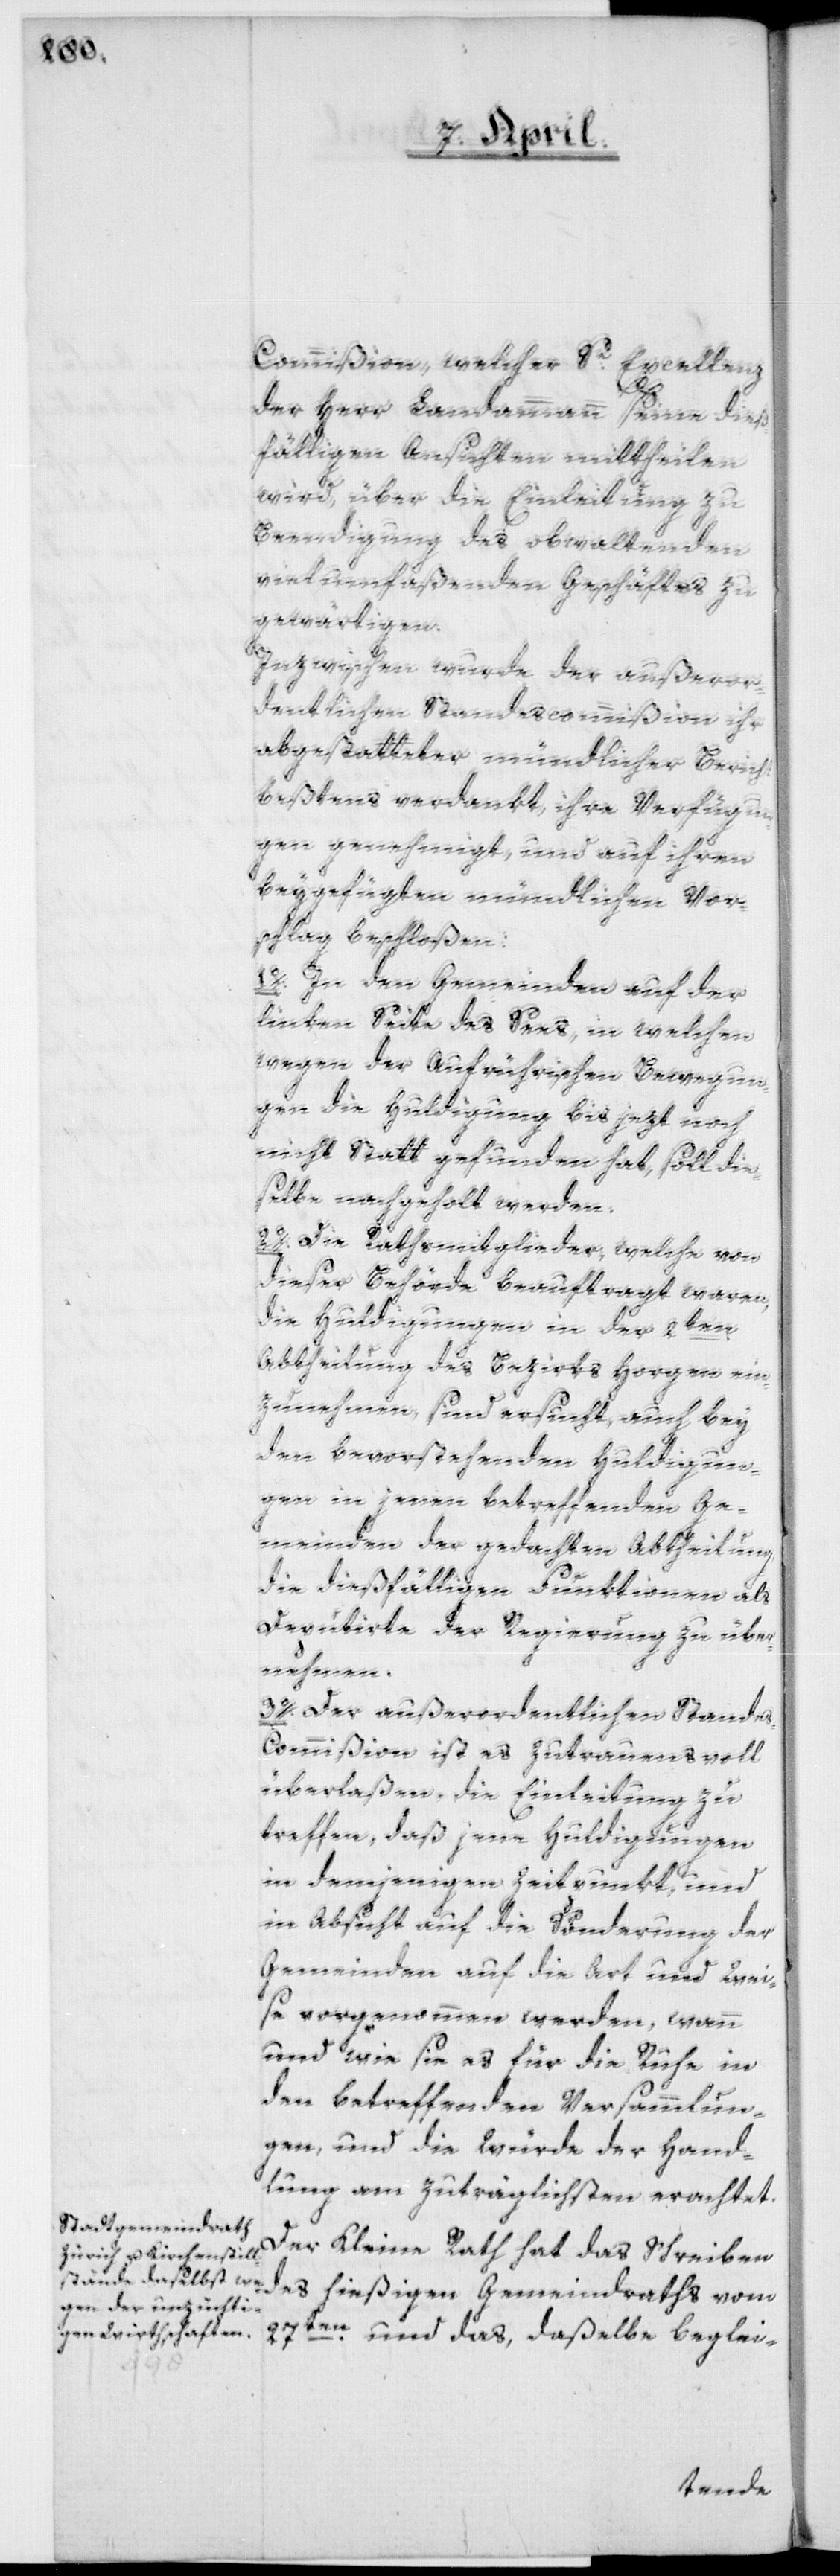
Commißion, welcher Sr Excellenz
der Herr Landammann seine dieß¬
fälligen Ansichten mittheilen
wird, über die Einleitung zu
Beendigung des obwaltenden
vielumfaßenden Geschäftes zu
gewärtigen.
Inzwischen wurde der außeror¬
dentlichen Standescommißion ihr
abgestatteter mündlicher Bericht
beßtens verdankt, ihre Verfügun¬
gen genehmigt, und auf ihren
beygefügten mündlichen Vors¬
chlag beschloßen:
1o. In den Gemeinden auf der
linken Seite des Sees, in welchen
wegen der aufrührischen Bewegun¬
gen die Huldigung bis jezt noch
nicht statt gefunden hat, soll die¬
selbe nachgeholt werden.
2o. Die Rathsmitglieder, welche von
dieser Behörde beauftragt waren,
die Huldigungen in der 2ten
Abtheilung des Bezirks Horgen ein¬
zunehmen, sind ersucht, auch bey
den bevorstehenden Huldigun¬
gen in jenen betreffenden Ge¬
meinden der gedachten Abtheilung
die dießfälligen Funktionen als
Deputirte der Regierung zu über¬
nehmen.
3o. Der außerordentlichen Stande¬
s-Commißion ist es zutrauensvoll
überlaßen, die Einleitung zu
treffen, daß jene Huldigungen
in demjenigen Zeitpunkt, und
in Absicht auf die Sönderung der
Gemeinden auf die Art und Wei¬
se vorgenommen werden, wann
und wie sie es für die Ruhe in
den betreffenden Versammlun¬
gen, und die Würde der Hand¬
lung am zuträglichsten erachtet.
Der Kleine Rath hat das Schreiben
des hießigen Gemeindraths vom
27ten und das, daßelbe beglei-